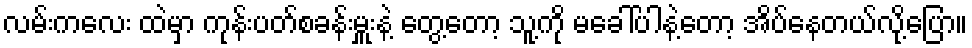
လမ်းကလေး ထဲမှာ ကုန်းပတ်စခန်းမှူးနဲ့ တွေ့တော့ သူ့ကို မခေါ်ပါနဲ့တော့ အိပ်နေတယ်လို့ပြော။